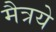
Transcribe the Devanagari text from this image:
मैत्रये